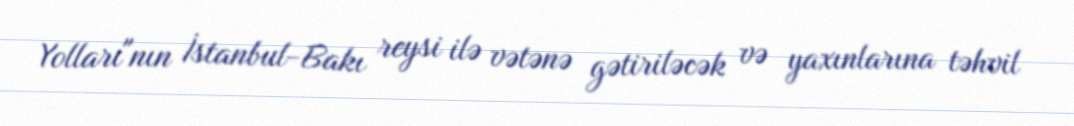
Yolları"nın İstanbul-Bakı reysi ilə vətənə gətiriləcək və yaxınlarına təhvil